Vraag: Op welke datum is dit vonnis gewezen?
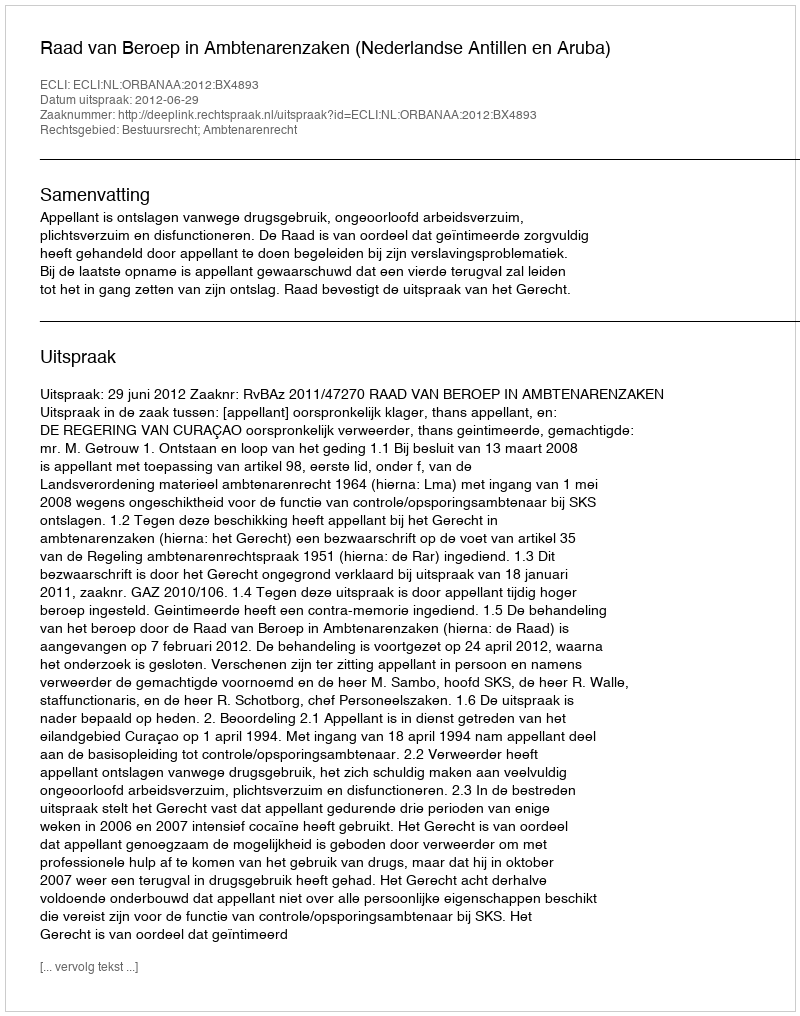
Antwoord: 2012-06-29